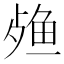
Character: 𬆙